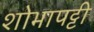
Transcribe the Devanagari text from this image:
शोभापट्टी